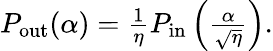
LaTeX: \begin{array}{r}{P_{\mathrm{out}}(\alpha)=\frac{1}{\eta}P_{\mathrm{in}}\left(\frac{\alpha}{\sqrt{\eta}}\right).}\end{array}